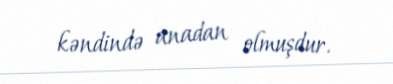
kəndində anadan olmuşdur.